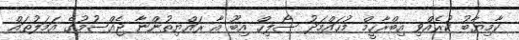
ކާމިޔާބު ކުރެއްވި އިބްރާހީމް މުހައްމަދު ސޯލިހް އިބޫ އާ ރައްޔިތުންނާ ޖެއްސުމުގެ އަމަލުތައް